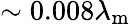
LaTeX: \sim 0.008\lambda_{\mathrm{m}}